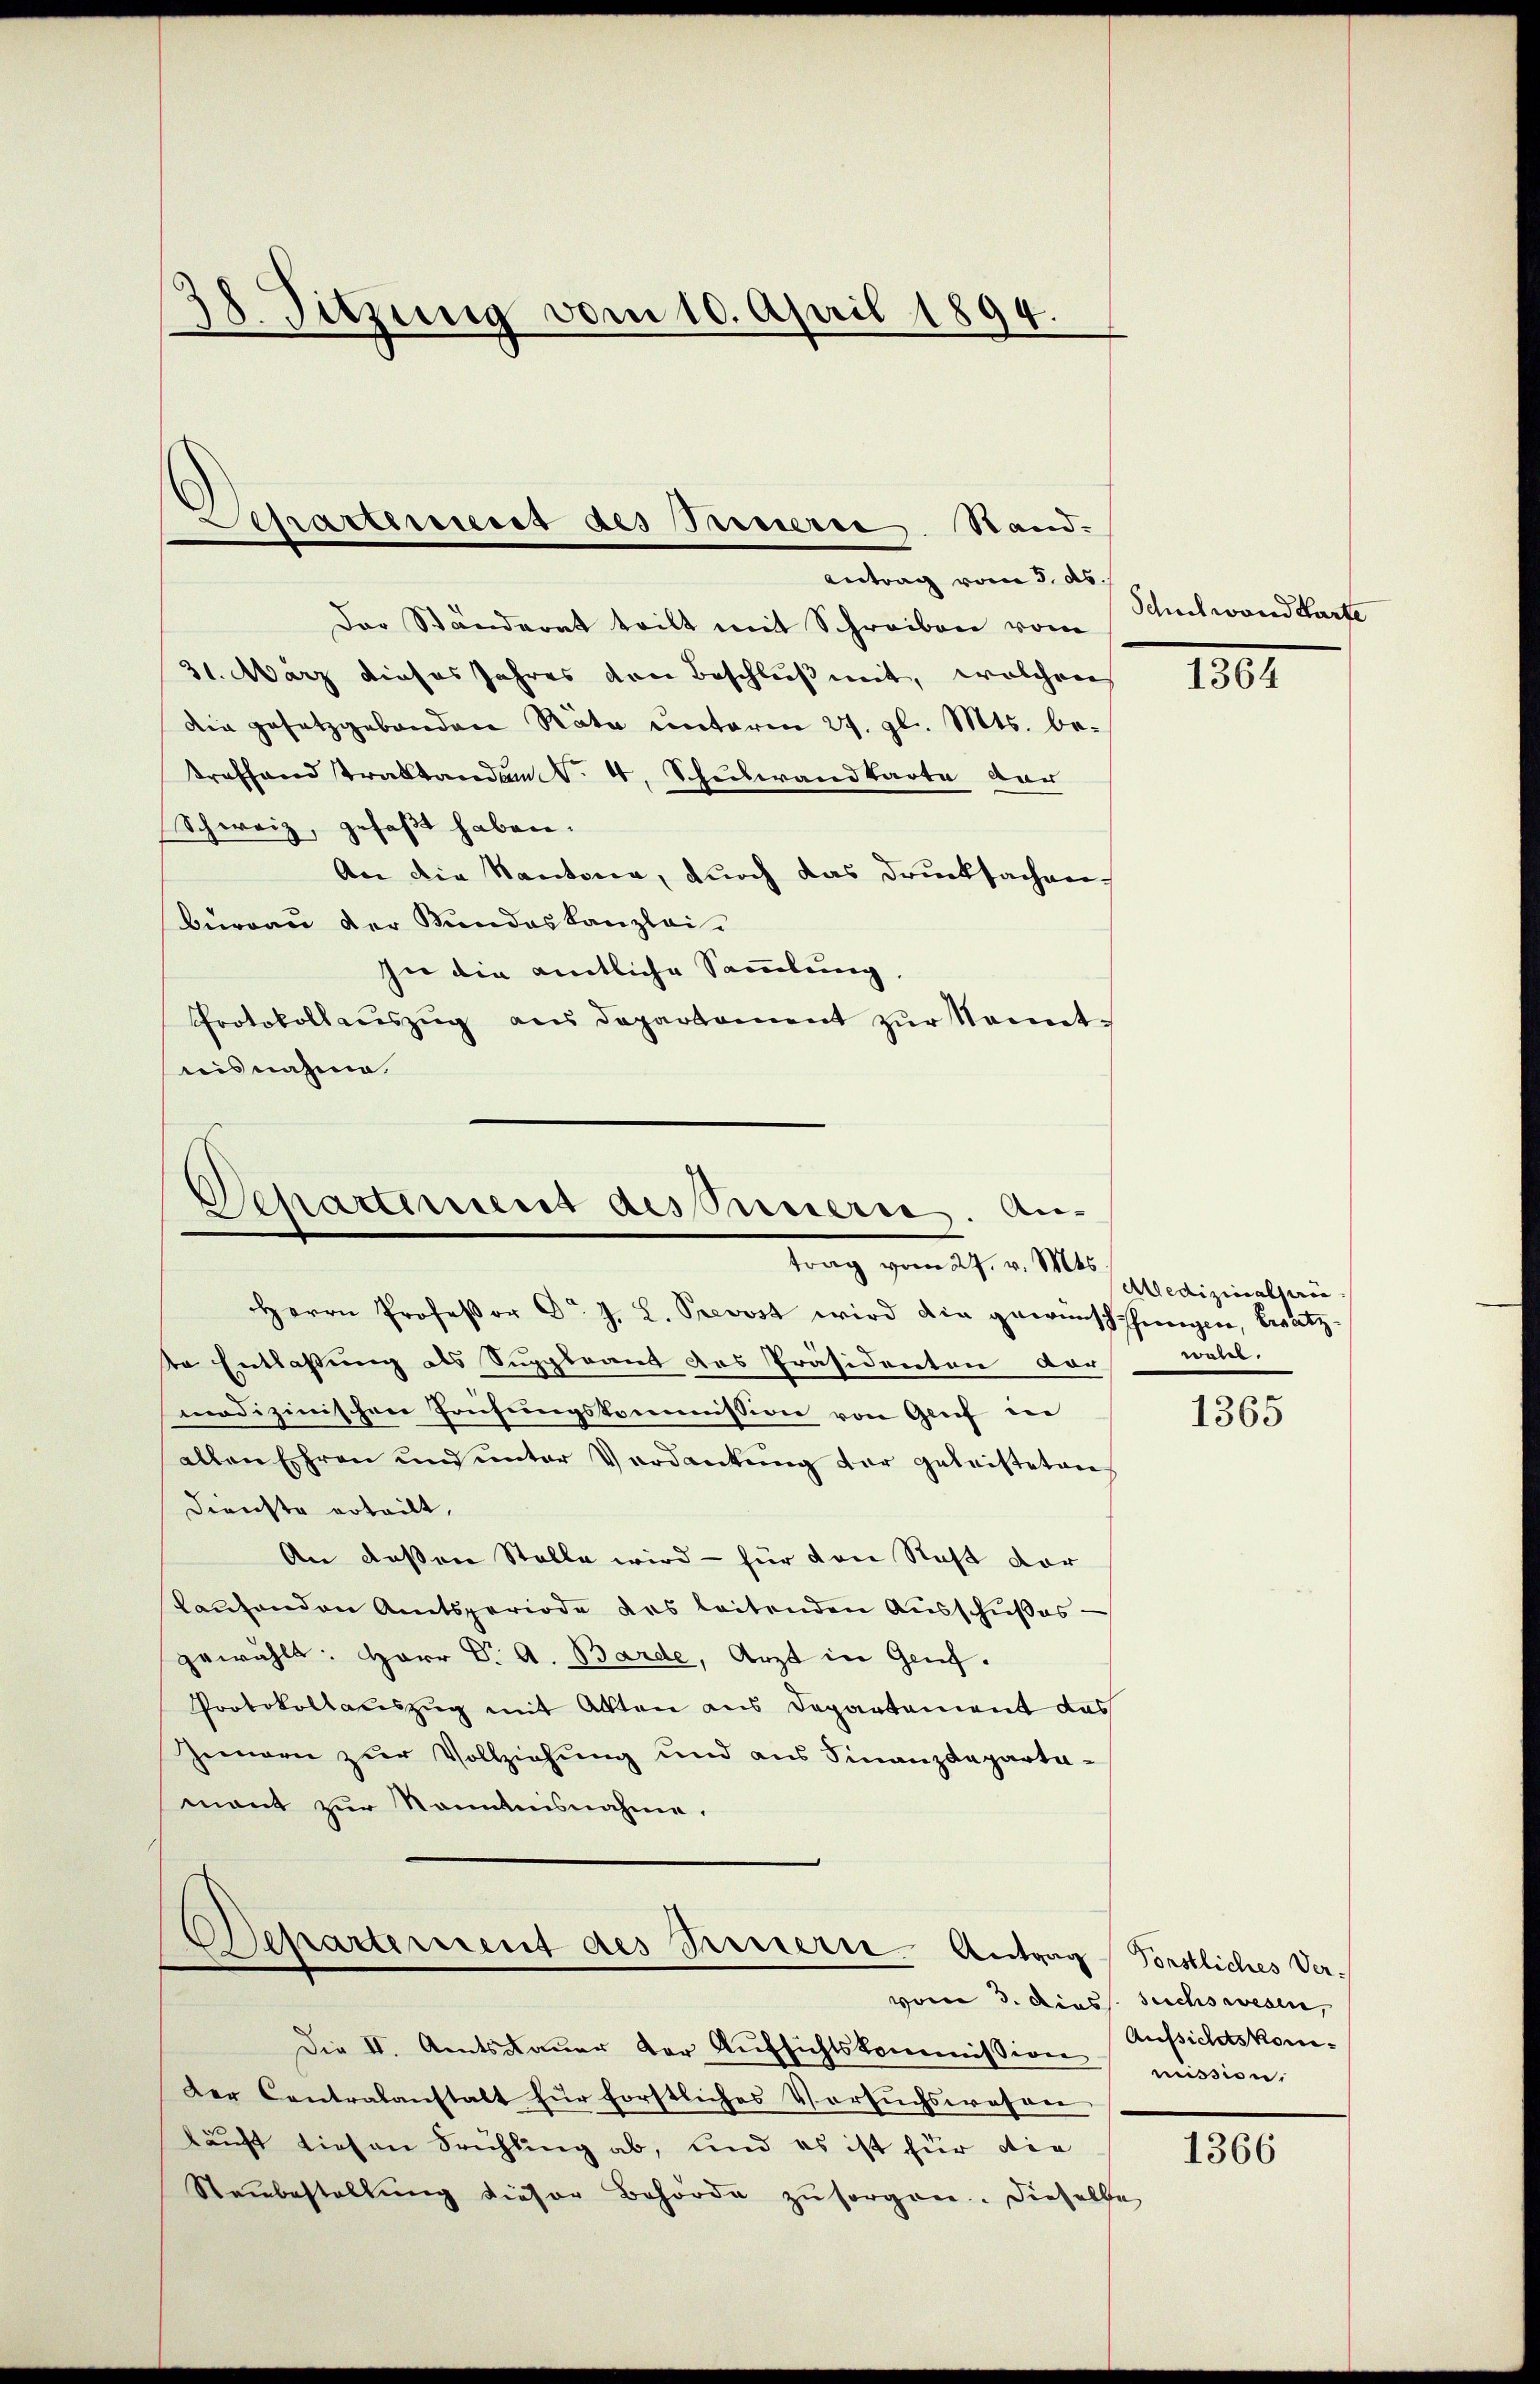
38. Sitzung vom 10. April 1894.

Der Ständerat teilt mit Schreiben vom
31. März dieses Jahres den Beschluß mit, welchen
Die gesetzgebenden Räte unterm 27. gl. Mts. betroffend Traktanden No. 4. Schulwandkarte der
Schweiz, gefaßt haben.
An die Kantonia, durch das Drucksachen
Burgau der Bundes Kanzlei-
In die amtliche Sammlung,
Protokollauszug aus Departement zur Kenntnisnahme

Schattenes des Innerie Stand.
Antrag vom 3. ds.

Departiment des Innern. An-
trag vom 27. v. Mts.

Herrn Professor C. J. L. Prevost wird die gewünschthungen, besetz-
te Entlassung als Suppleant des Präsidenten dar
medizinischen Prüfungskommission von Genf in
allen Ehren und unter Verdankŭng der geleisteten
Dienste erteilt,
An dessen Stelle wird – für von Rest dar
skaufenden Amtsperiode des leitenden Ausschußes —
gewählt: Herr Dr. A. Barde, Arzt in Genf.
Protokollauszug mit Akten aus Departement das
Innern zur Vollziehung und aus Finanzdepartamant zur Kenntnisnahme.
Departement des Serviers Antrag Förstliches Ver-
vom 3. Diess. Suchswesen,
Die II. Amtsdaŭer der Aŭfsichtskommission mission,
Der Contralanstalt für forstliches Versuchswesen
kauft diesen Frühling ab, und es ist für die
Steinbestellung dieser Behörde zŭ sorgen. Dieselbe

Schret word Garte

180

Aedizinalserin
wolcl.

1365

Aufsichtskom¬

1366